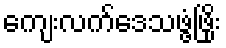
ကျေးလက်ဒေသဖွံ့ဖြိုး